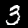
Digit: 3